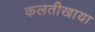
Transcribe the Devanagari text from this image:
कलतीखाया